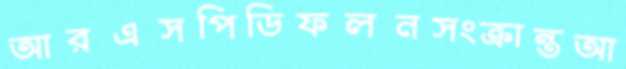
আরএসপিডিফলনসংক্রান্তআ